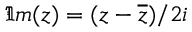
\mathfrak { I m } ( z ) = ( z - \overline { { z } } ) / 2 i